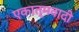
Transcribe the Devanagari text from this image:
एकात्मवादी